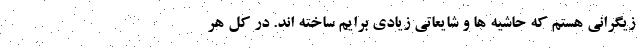
زیگرانی هستم که حاشیه ها و شایعاتی زیادی برایم ساخته اند. در کل هر